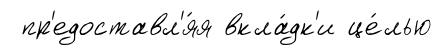
пр'едоставл'я́я вкла́дк'и це́лью